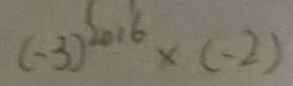
( - 3 ) ^ { 2 0 1 6 } \times ( - 2 )